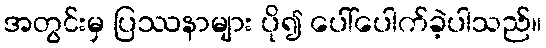
အတွင်းမှ ပြဿနာများ ပို၍ ပေါ်ပေါက်ခဲ့ပါသည်။